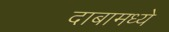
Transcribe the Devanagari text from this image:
दाबामध्ये